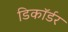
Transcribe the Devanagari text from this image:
डिकॉर्डर